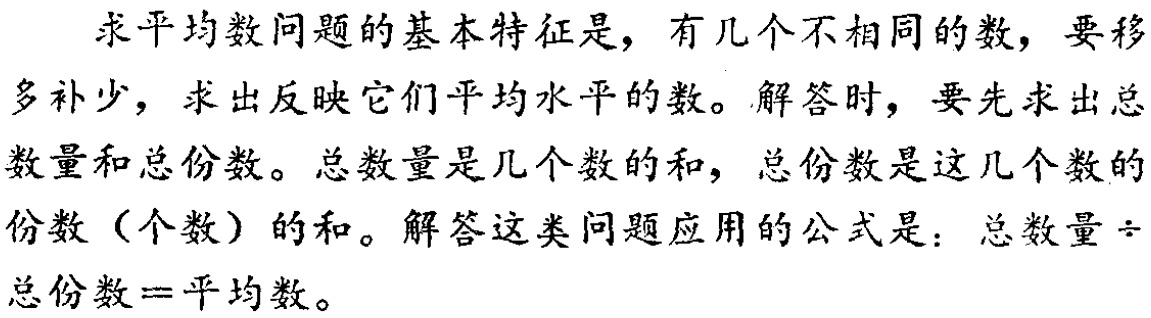
求平均数问题的基本特征是，有几个不相同的数，要移多补少，求出反映它们平均水平的数。解答时，要先求出总数量和总份数。总数量是几个数的和，总份数是这几个数的份数（个数）的和。解答这类问题应用的公式是：总数量$\div$总份数$=$平均数。